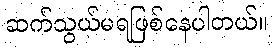
ဆက်သွယ်မရဖြစ်နေပါတယ်။